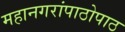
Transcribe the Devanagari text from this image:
महानगरांपाठोपाठ